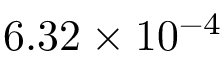
6 . 3 2 \times 1 0 ^ { - 4 }